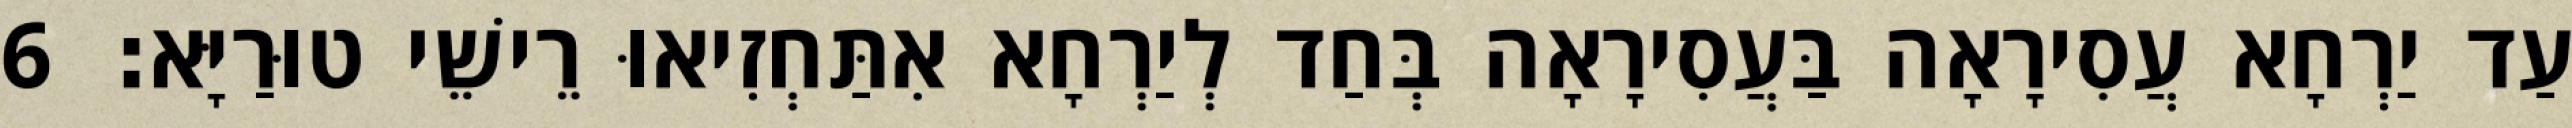
עַד יַרְחָא עֲסִירָאָה בַּעֲסִירָאָה בְּחַד לְיַרְחָא אִתַּחְזִיאוּ רֵישֵׁי טוּרַיָּא׃ 6